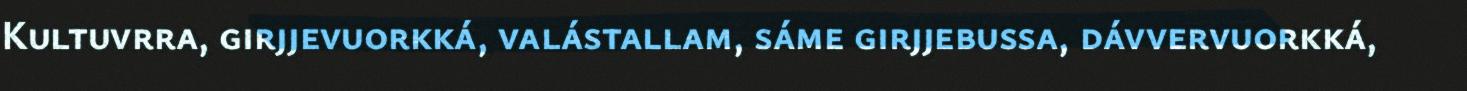
Kultuvrra, girjjevuorkká, valástallam, sáme girjjebussa, dávvervuorkká,